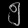
Digit: ၅